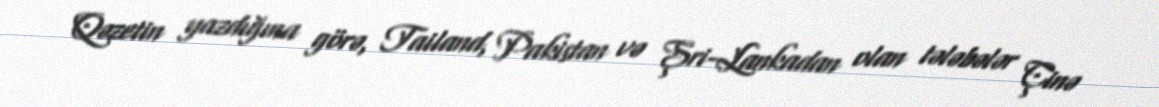
Qəzetin yazdığına görə, Tailand, Pakistan və Şri-Lankadan olan tələbələr Çinə